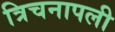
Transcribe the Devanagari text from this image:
त्रिचनापली